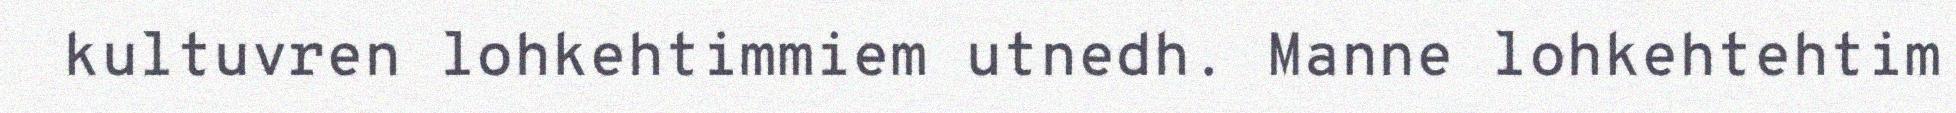
kultuvren lohkehtimmiem utnedh. Manne lohkehtehtim